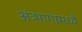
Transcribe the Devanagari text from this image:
अंत्र्भागामध्ये